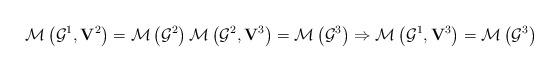
LaTeX: \begin{align*}\mathcal{M}\left( \mathcal{G}^{1},\mathbf{V}^{2}\right) =\mathcal{M}\left( \mathcal{G}^{2}\right) \mathcal{M}\left( \mathcal{G}^{2},\mathbf{V}^{3}\right) =\mathcal{M}\left( \mathcal{G}^{3}\right) \Rightarrow \mathcal{M}\left( \mathcal{G}^{1},\mathbf{V}^{3}\right) =\mathcal{M}\left( \mathcal{G}^{3 }\right) \end{align*}